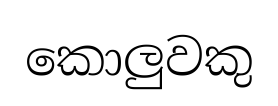
කොලුවකු